Insane asylums in Bengal annual reports 1876-1887 - 1876-1887
Year: 1876
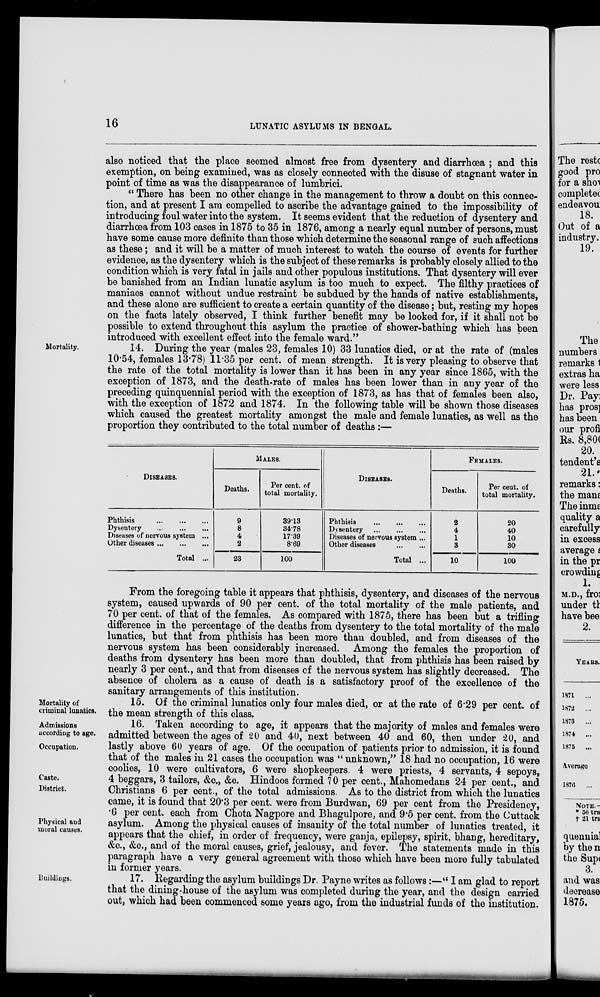
16
LUNATIC ASYLUMS IN BENGAL.
also noticed that the place seemed almost free from dysentery and diarrhœa ; and this
exemption, on being examined, was as closely connected with the disuse of stagnant water in
point of time as was the disappearance of lumbrici.
“ There has been no other change in the management to throw a doubt on this connec-
tion, and at present I am compelled to ascribe the advantage gained to the impossibility of
introducing foul water into the system. It seems evident that the reduction of dysentery and
diarrhœa from 103 cases in 1875 to 35 in 1876, among a nearly equal number of persons, must
have some cause more definite than those which determine the seasonal range of such affections
as these; and it will be a matter of much interest to watch the course of events for further
evidence, as the dysentery which is the subject of these remarks is probably closely allied to the
condition which is very fatal in jails and other populous institutions. That dysentery will ever
be banished from an Indian lunatic asylum is too much to expect. The filthy practices of
maniacs cannot without undue restraint be subdued by the hands of native establishments,
and these alone are sufficient to create a certain quantity of the disease; but, resting my hopes
on the facts lately observed, I think further benefit may be looked for, if it shall not be
possible to extend throughout this asylum the practice of shower-bathing which has been
introduced with excellent effect into the female ward.”
Mortality.
14. During the year (males 23, females 10) 33 lunatics died, or at the rate of (males
10.54, females 13.78) 11.35 per cent. of mean strength. It is very pleasing to observe that
the rate of the total mortality is lower than it has been in any year since 1865, with the
exception of 1873, and the death-rate of males has been lower than in any year of the
preceding quinquennial period with the exception of 1873, as has that of females been also,
with the exception of 1872 and 1874. In the following table will be shown those diseases
which caused the greatest mortality amongst the male and female lunatics, as well as the
proportion they contributed to the total number of deaths :—
DISEASES.
Phthisis
...
...
...
Dysentery
...
...
...
Diseases of nervous system ...
Other diseases ...
Total ...
MALES.
Deaths.
9
8
4
2
23
Per cent. of
total mortality.
39.13
34.78
17.39
8.69
100
DISEASES.
Phthisis
...
...
...
Dysentery ... ... ...
Diseases of nervous system ...
Other diseases ... ...
Total ...
FEMALES.
Deaths.
2
4
1
3
10
Per cent. of
total mortality.
20
40
10
30
100
From the foregoing table it appears that phthisis, dysentery, and diseases of the nervous
system, caused upwards of 90 per cent. of the total mortality of the male patients, and
70 per cent. of that of the females. As compared with 1875, there has been but a trifling
difference in the percentage of the deaths from dysentery to the total mortality of the male
lunatics, but that from phthisis has been more than doubled, and from diseases of the
nervous system has been considerably increased. Among the females the proportion of
deaths from dysentery has been more than doubled, that from phthisis has been raised by
nearly 3 per cent., and that from diseases of the nervous system has slightly decreased. The
absence of cholera as a cause of death is a satisfactory proof of the excellence of the
sanitary arrangements of this institution.
Mortality of
criminal lunatics.
15. Of the criminal lunatics only four males died, or at the rate of 6.29 per cent. of
the mean strength of this class.
Admissions
according to age.
Occupation.
Caste.
District.
Physical and
moral causes.
16. Taken according to age, it appears that the majority of males and females were
admitted between the ages of 20 and 40, next between 40 and 60, then under 20, and
lastly above 60 years of age. Of the occupation of patients prior to admission, it is found
that of the males in 21 cases the occupation was “unknown,” 18 had no occupation, 16 were
coolies, 10 were cultivators, 6 were shopkeepers. 4 were priests, 4 servants, 4 sepoys,
4 beggars, 3 tailors, &c, &c. Hindoos formed 70 per cent., Mahomedans 24 per cent., and
Christians 6 per cent., of the total admissions. As to the district from which the lunatics
came, it is found that 20.3 per cent. were from Burdwan, 69 per cent from the Presidency,
.6 per cent. each from Chota Nagpore and Bhagulpore, and 9.5 per cent. from the Cuttack
asylum. Among the physical causes of insanity of the total number of lunatics treated, it
appears that the chief, in order of frequency, were ganja, epilepsy, spirit, bhang, hereditary,
&c., &c., and of the moral causes, grief, jealousy, and fever. The statements made in this
paragraph have a very general agreement with those which have been more fully tabulated
in former years.
Buildings.
17. Regarding the asylum buildings Dr. Payne writes as follows:—“ I am glad to report
that the dining-house of the asylum was completed during the year, and the design carried
out, which had been commenced some years ago, from the industrial funds of the institution.